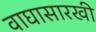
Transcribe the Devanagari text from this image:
वाघासारखी